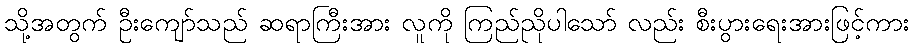
သို့အတွက် ဦးကျော်သည် ဆရာကြီးအား လူကို ကြည်ညိုပါသော် လည်း စီးပွားရေးအားဖြင့်ကား